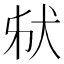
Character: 𤝮